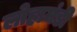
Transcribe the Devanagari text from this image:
लोहामंडी